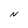
Character: N